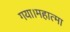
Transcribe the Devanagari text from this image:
गया।महात्मा